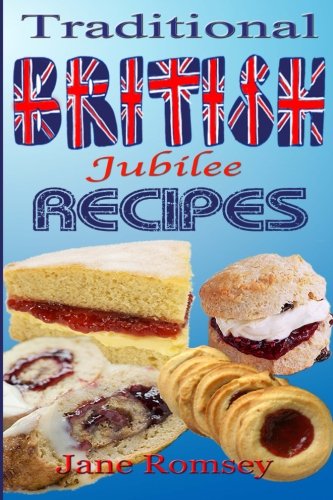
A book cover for Traditional British Jubilee Recipes.: Mouthwatering recipes for traditional British cakes, puddings, scones and biscuits. 78 recipes in total.; Jane Romsey; Cookbooks, Food & Wine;